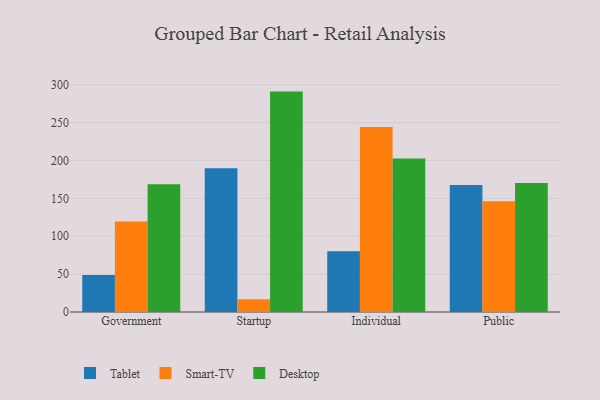
{"axis": {"x": "Segment", "y": "Latency (ms)"}, "legend": ["Desktop", "Smart-TV", "Tablet"], "data": [{"x": "Government", "y": 49.0, "type": "Tablet"}, {"x": "Government", "y": 119.4, "type": "Smart-TV"}, {"x": "Government", "y": 168.6, "type": "Desktop"}, {"x": "Startup", "y": 189.7, "type": "Tablet"}, {"x": "Startup", "y": 16.8, "type": "Smart-TV"}, {"x": "Startup", "y": 291.0, "type": "Desktop"}, {"x": "Individual", "y": 80.3, "type": "Tablet"}, {"x": "Individual", "y": 244.3, "type": "Smart-TV"}, {"x": "Individual", "y": 202.6, "type": "Desktop"}, {"x": "Public", "y": 167.6, "type": "Tablet"}, {"x": "Public", "y": 146.3, "type": "Smart-TV"}, {"x": "Public", "y": 170.4, "type": "Desktop"}]}